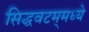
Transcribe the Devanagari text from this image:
सिद्धवटम्‌मध्ये